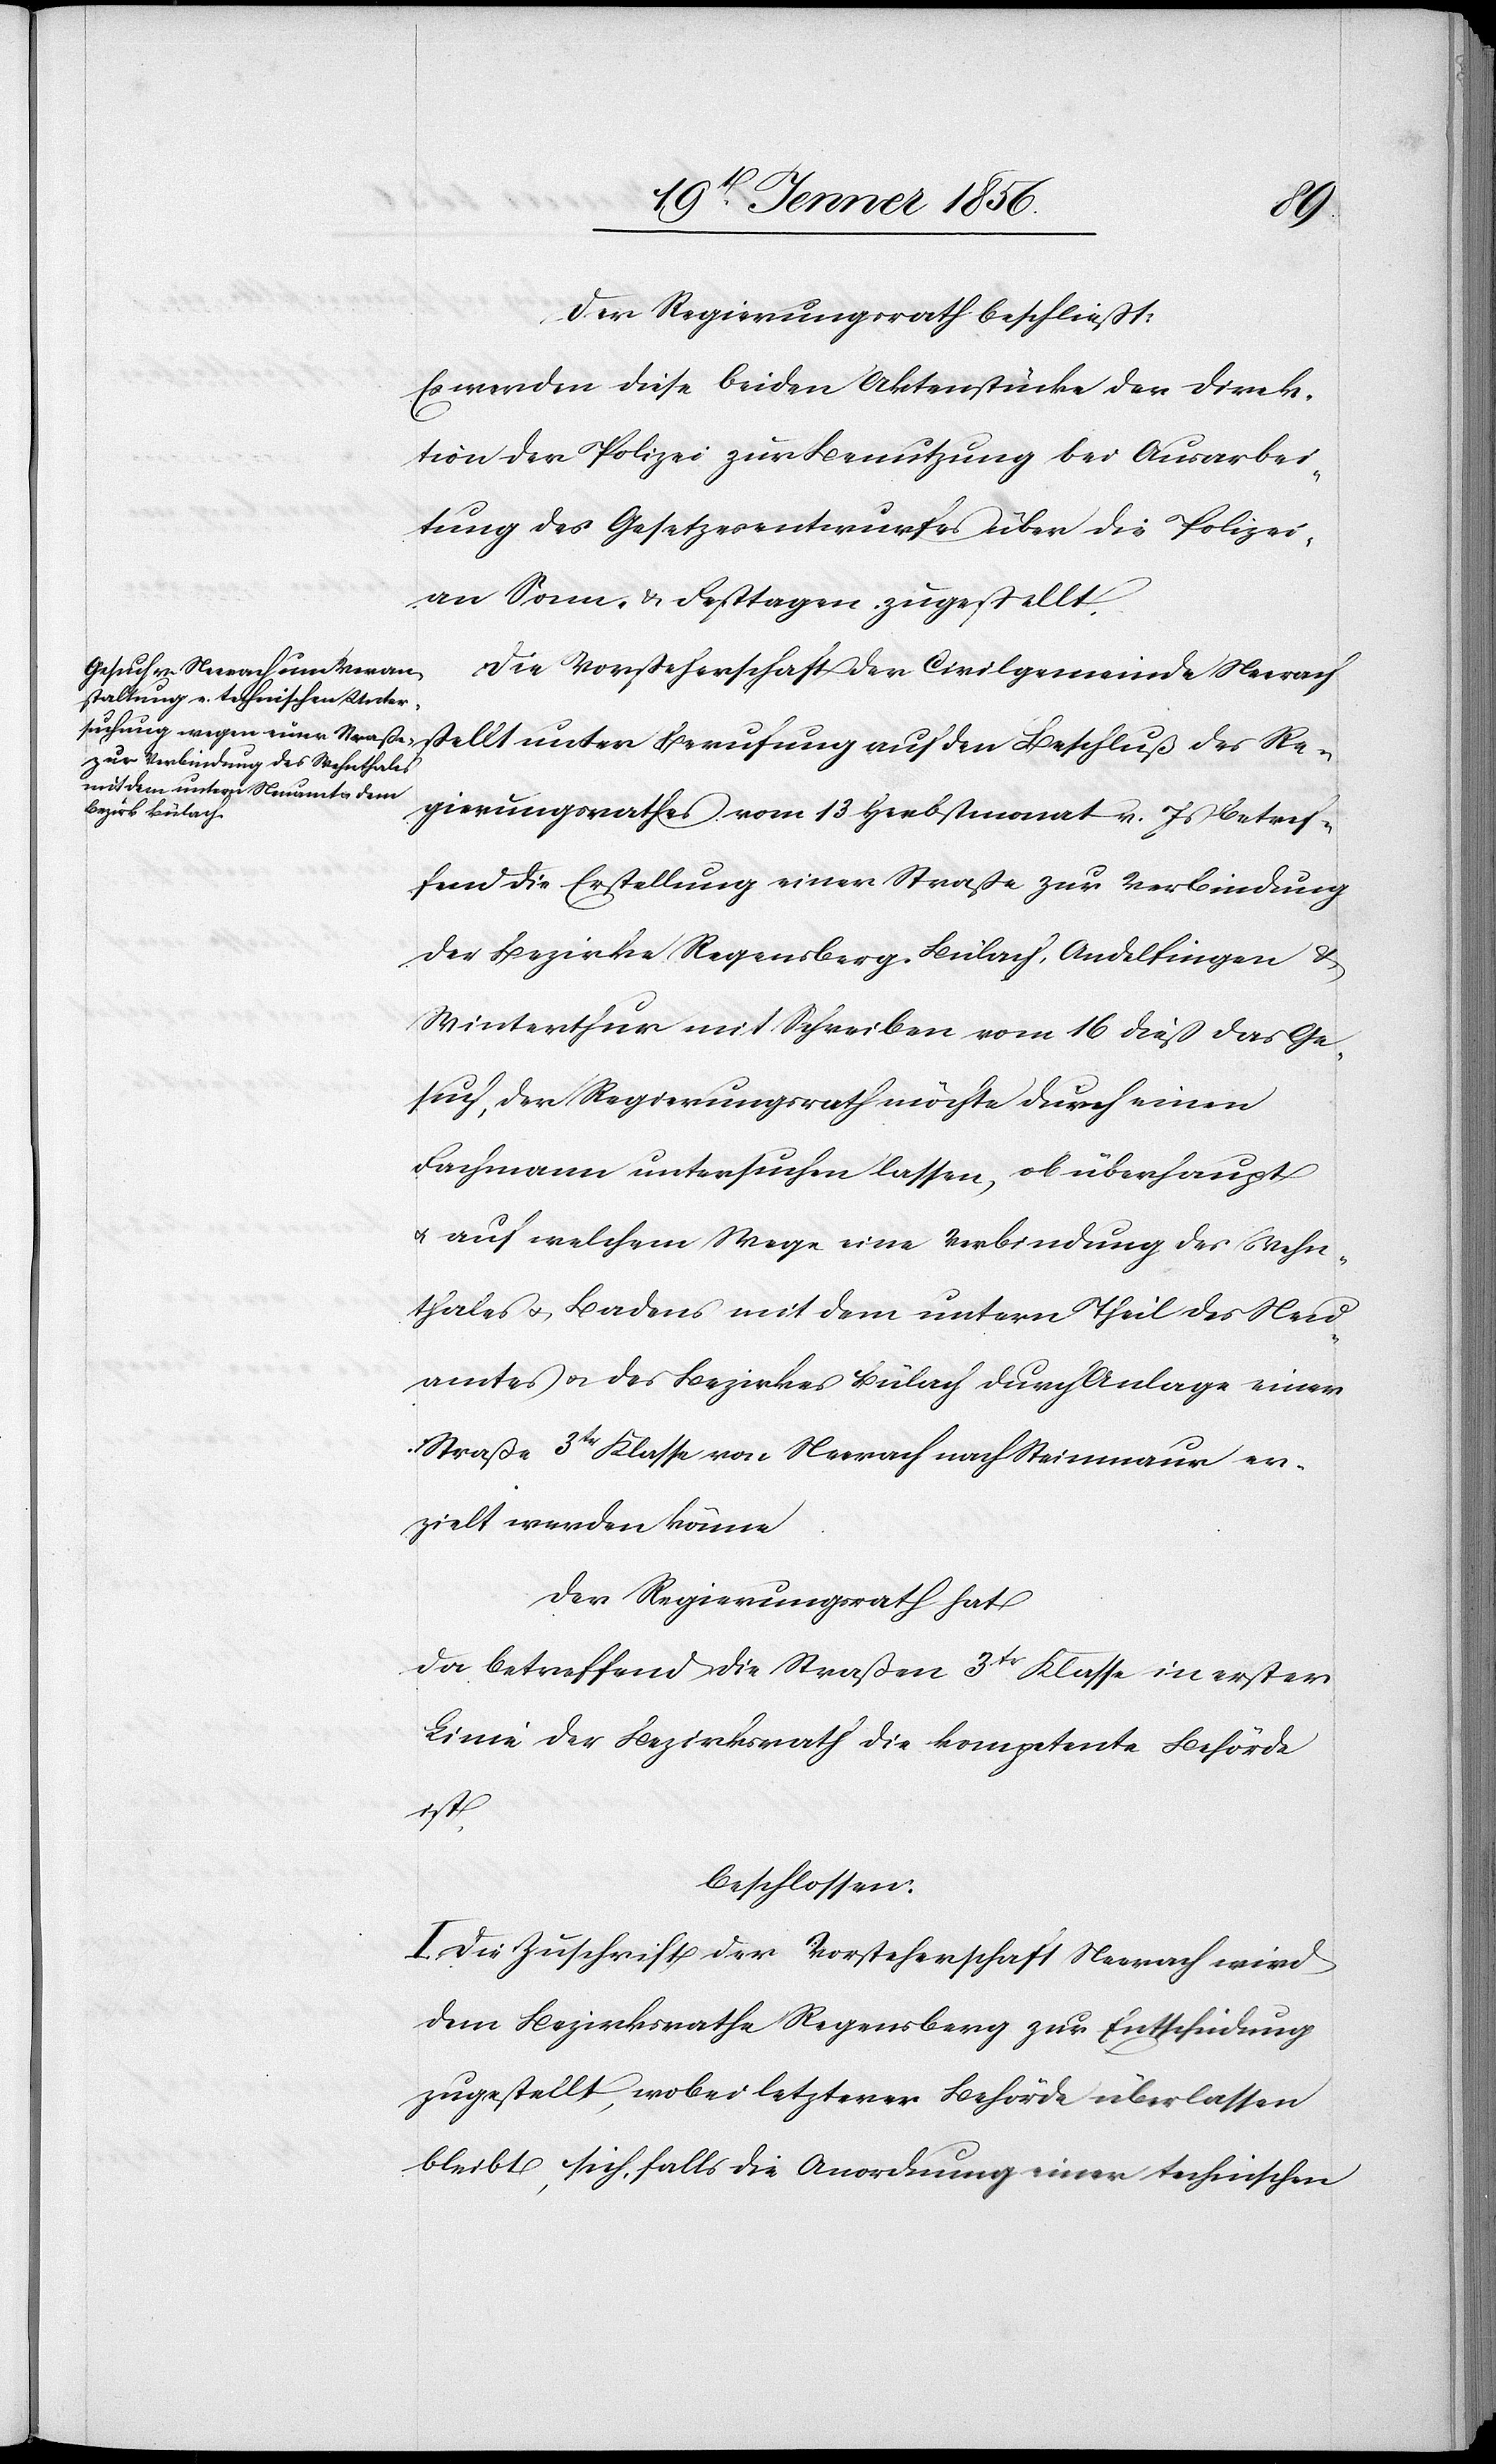
Der Regierungsrath beschließt:
Es werden diese beiden Aktenstücke der Direk¬
tion der Polizei zur Benutzung bei Ausarbei¬
tung des Gesetzesentwurfes über die Polizei,
an Sonn- u. Festtagen, zugestellt.
Die Vorsteherschaft der Civilgemeinde Neerach
Regierungsrathes vom 13 Herbstmonat v. Js betref¬
fend die Erstellung einer Straße zur Verbindung
der Bezirke Regensberg, Bülach, Andelfingen &
Winterthur mit Schreiben vom 16 dieß das Ge¬
such, der Regierungsrath möchte durch einen
Fachmann untersuchen lassen, ob überhaupt
u. auf welchem Wege eine Verbindung des Wehn¬
thales u. Badens mit dem untern Theil des Neu¬
amtes u. des Bezirkes Bülach durch Anlage einer
Straße 3tr Klasse von Neerach nach Steinmaur er¬
zielt werden könne.
Der Regierungsrath hat
da betreffend die Straßen 3tr Klasse in erster
Linie der Bezirksrath die kompetente Behörde
ist,
beschlossen:
I. die Zuschrift der Vorsteherschaft Neerach wird
dem Bezirksrathe Regensberg zur Entscheidung
zugestellt, wobei letzterer Behörde überlassen
bleibt, sich, falls die Anordnung einer technischen